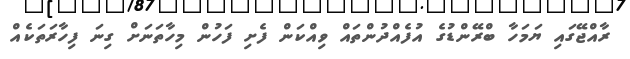
ރާއްޖޭގައި ޔަމަހާ ބްރޭންޑުގެ އުފެއްދުންތައް ވިއްކަން ފެށި ފަހުން މިހާތަނަށް ގިނަ ފިހާރަތަކެއް